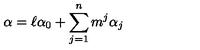
\alpha = \ell \alpha _ { 0 } + \sum _ { j = 1 } ^ { n } m ^ { j } \alpha _ { j }